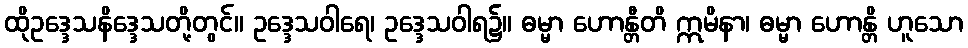
ထိုဥဒ္ဒေသနိဒ္ဒေသတို့တွင်။ ဥဒ္ဒေသဝါရေ၊ ဥဒ္ဒေသဝါရ၌။ ဓမ္မာ ဟောန္တီတိ ဣမိနာ၊ ဓမ္မာ ဟောန္တိ ဟူသော